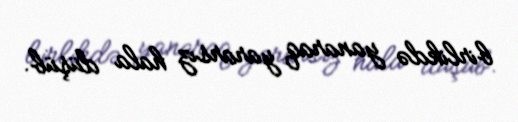
birlikdə yanaraq yararsız hala düşüb.